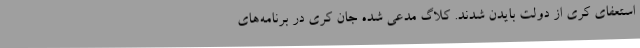
استعفای کری از دولت بایدن شدند. کلاگ مدعی شده جان کری در برنامه‌های